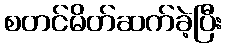
စတင်မိတ်ဆက်ခဲ့ပြီး